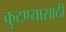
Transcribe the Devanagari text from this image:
कुटण्यासाठी